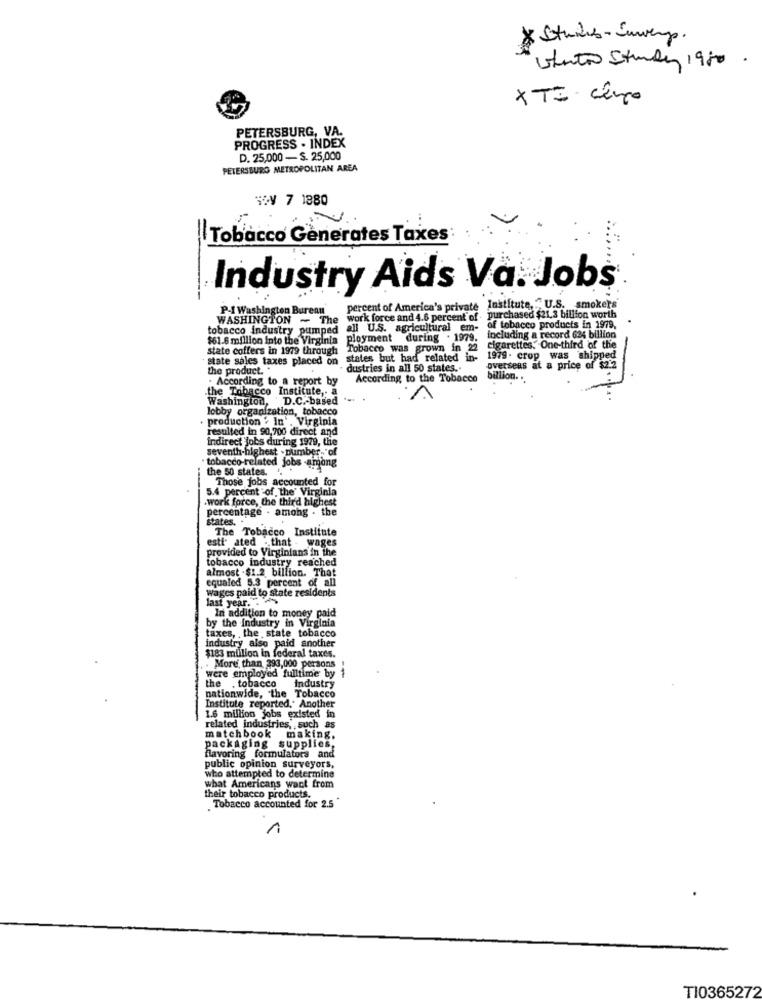
* Studis- Sewery.
UAutor Study 1980.
X TE cinco
PETERSBURG, VA.
PROGRESS . INDEX
D. 25,000 - S. 25,000
PETERSBURG METROPOLITAN AREA
SV 7 1880
Tobacco Generates Taxes
Industry Aids Va. Jobs
P-I Washington Bureau
percent of America's private Institute, .~ U.S. smokers
WASHINGTON ~ The
work force and 4.6 percent of . purchased $21.3 billion worth
tobacco industry pumped
all U.S. agricultural em-
of tobacco products in 1979,
$61.6 million Into the Virginia ployment during . 1979.
including a record 624 billion
state coffers in 1979 through
Tobacco was grown in 2
cigarettes. One-third of the
state sales taxes placed on states but had related in-
1979. crop was shipped
the product."
dustries in all 50 states ..
overseas at a price of $2.2
. According to a report by
According to the Tobacco
billion.
.the Tobacco Institute ,- a
Washington, D.C .- based
lobby organization, tobacco
. production . In'. Virginia
resulted in 90,700 direct and
indirect jobs during 1979, the
seventh-highest - number,"of
· tobacco-related jobs -among
the 50 states.
5.4 percent of the' Virginia
Those jobs accounted for
work force, the third highest
percentage . among . the
states. .
The Tobacco Institute
esti ated . that - wages
provided to Virginians in the
tobacco industry reached
almost . $1.2 billion. That
equaled 5.3 percent of all
Wages paid to state residents
last year. ..
In addition to money paid
taxes, , the state tobacco
by the industry in Virginia
industry also paid another
$183 million in federal taxes.
. More than 293,000 persons
were employed fulltime by
the . tobacco
industry
nationwide, the Tobacco
Institute reported." Another
1.6 million jobs existed in
related industries, such as
matchbook
making.
packaging supplies,
favoring formulatora and
public opinion surveyors,
who attempted to determine
their tobacco products.
what Americans want from
Tobacco accounted for 2.5
1
TI0365272